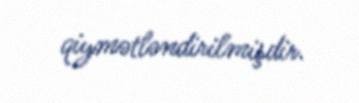
qiymətləndirilmişdir.